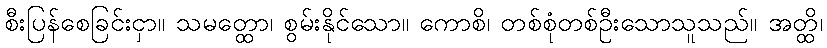
စီးပြန်စေခြင်းငှာ။ သမတ္ထော၊ စွမ်းနိုင်သော။ ကောစိ၊ တစ်စုံတစ်ဦးသောသူသည်။ အတ္ထိ၊